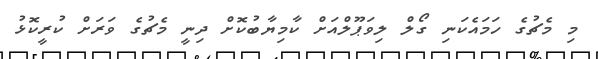
މި މެޗުގެ ހަމައެކަނި ގޯލް ލިވަޕޫލްއަށް ކާމިޔާބުކޮށް ދިނީ މެޗުގެ ވަރަށް ކުރީކޮޅު